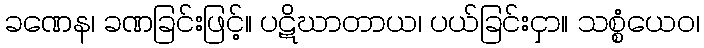
ခဏေန၊ ခဏခြင်းဖြင့်။ ပဋိဃာတာယ၊ ပယ်ခြင်းငှာ။ သစ္စံယေဝ၊